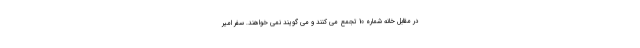
در مقابل خانه شماره 10 تجمع می کنند و می گویند نمی خواهند. سفر امیر